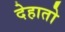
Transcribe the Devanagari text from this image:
देहातो